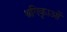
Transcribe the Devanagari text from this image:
श्रृगिकाओं